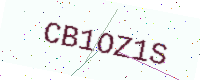
Text: CB1OZ1S